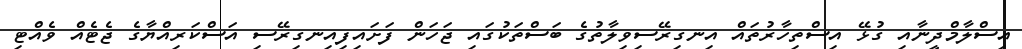
އިސްލާމްދީނާއި ގުޅޭ އިސްތިހާރުތައް އިނގިރޭސިވިލާތުގެ ބަސްތަކުގައި ޖަހަން ފަށައިފިއިނގިރޭސި އަސްކަރިއްޔާގެ ޖެޓެއް ވެއްޓި